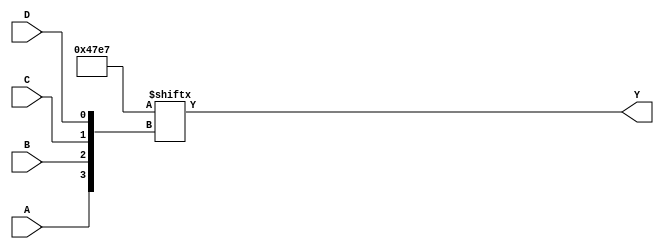
module kmap_4var (
    input wire A,  // First variable
    input wire B,  // Second variable
    input wire C,  // Third variable
    input wire D,  // Fourth variable
    output wire Y  // Output
);

// Internal wire to represent the K-map
wire [15:0] kmap;

// Fill the K-map based on the specified minterms
assign kmap[0]  = 1'b1; // m0
assign kmap[1]  = 1'b1; // m1
assign kmap[2]  = 1'b1; // m2
assign kmap[3]  = 1'b0; // m3
assign kmap[4]  = 1'b0; // m4
assign kmap[5]  = 1'b1; // m5
assign kmap[6]  = 1'b1; // m6
assign kmap[7]  = 1'b1; // m7
assign kmap[8]  = 1'b1; // m8
assign kmap[9]  = 1'b1; // m9
assign kmap[10] = 1'b1; // m10
assign kmap[11] = 1'b0; // m11
assign kmap[12] = 1'b0; // m12
assign kmap[13] = 1'b0; // m13
assign kmap[14] = 1'b1; // m14
assign kmap[15] = 1'b0; // m15

// Generate output based on the K-map
// The K-map is organized as follows:
// Row: AB = 00, 01, 11, 10
// Column: CD = 00, 01, 11, 10
// The index for the K-map is calculated as: index = (A*2 + B)*4 + (C*2 + D)

assign Y = kmap[{A, B, C, D}];

endmodule